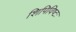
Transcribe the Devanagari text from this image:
शिपिविष्टः